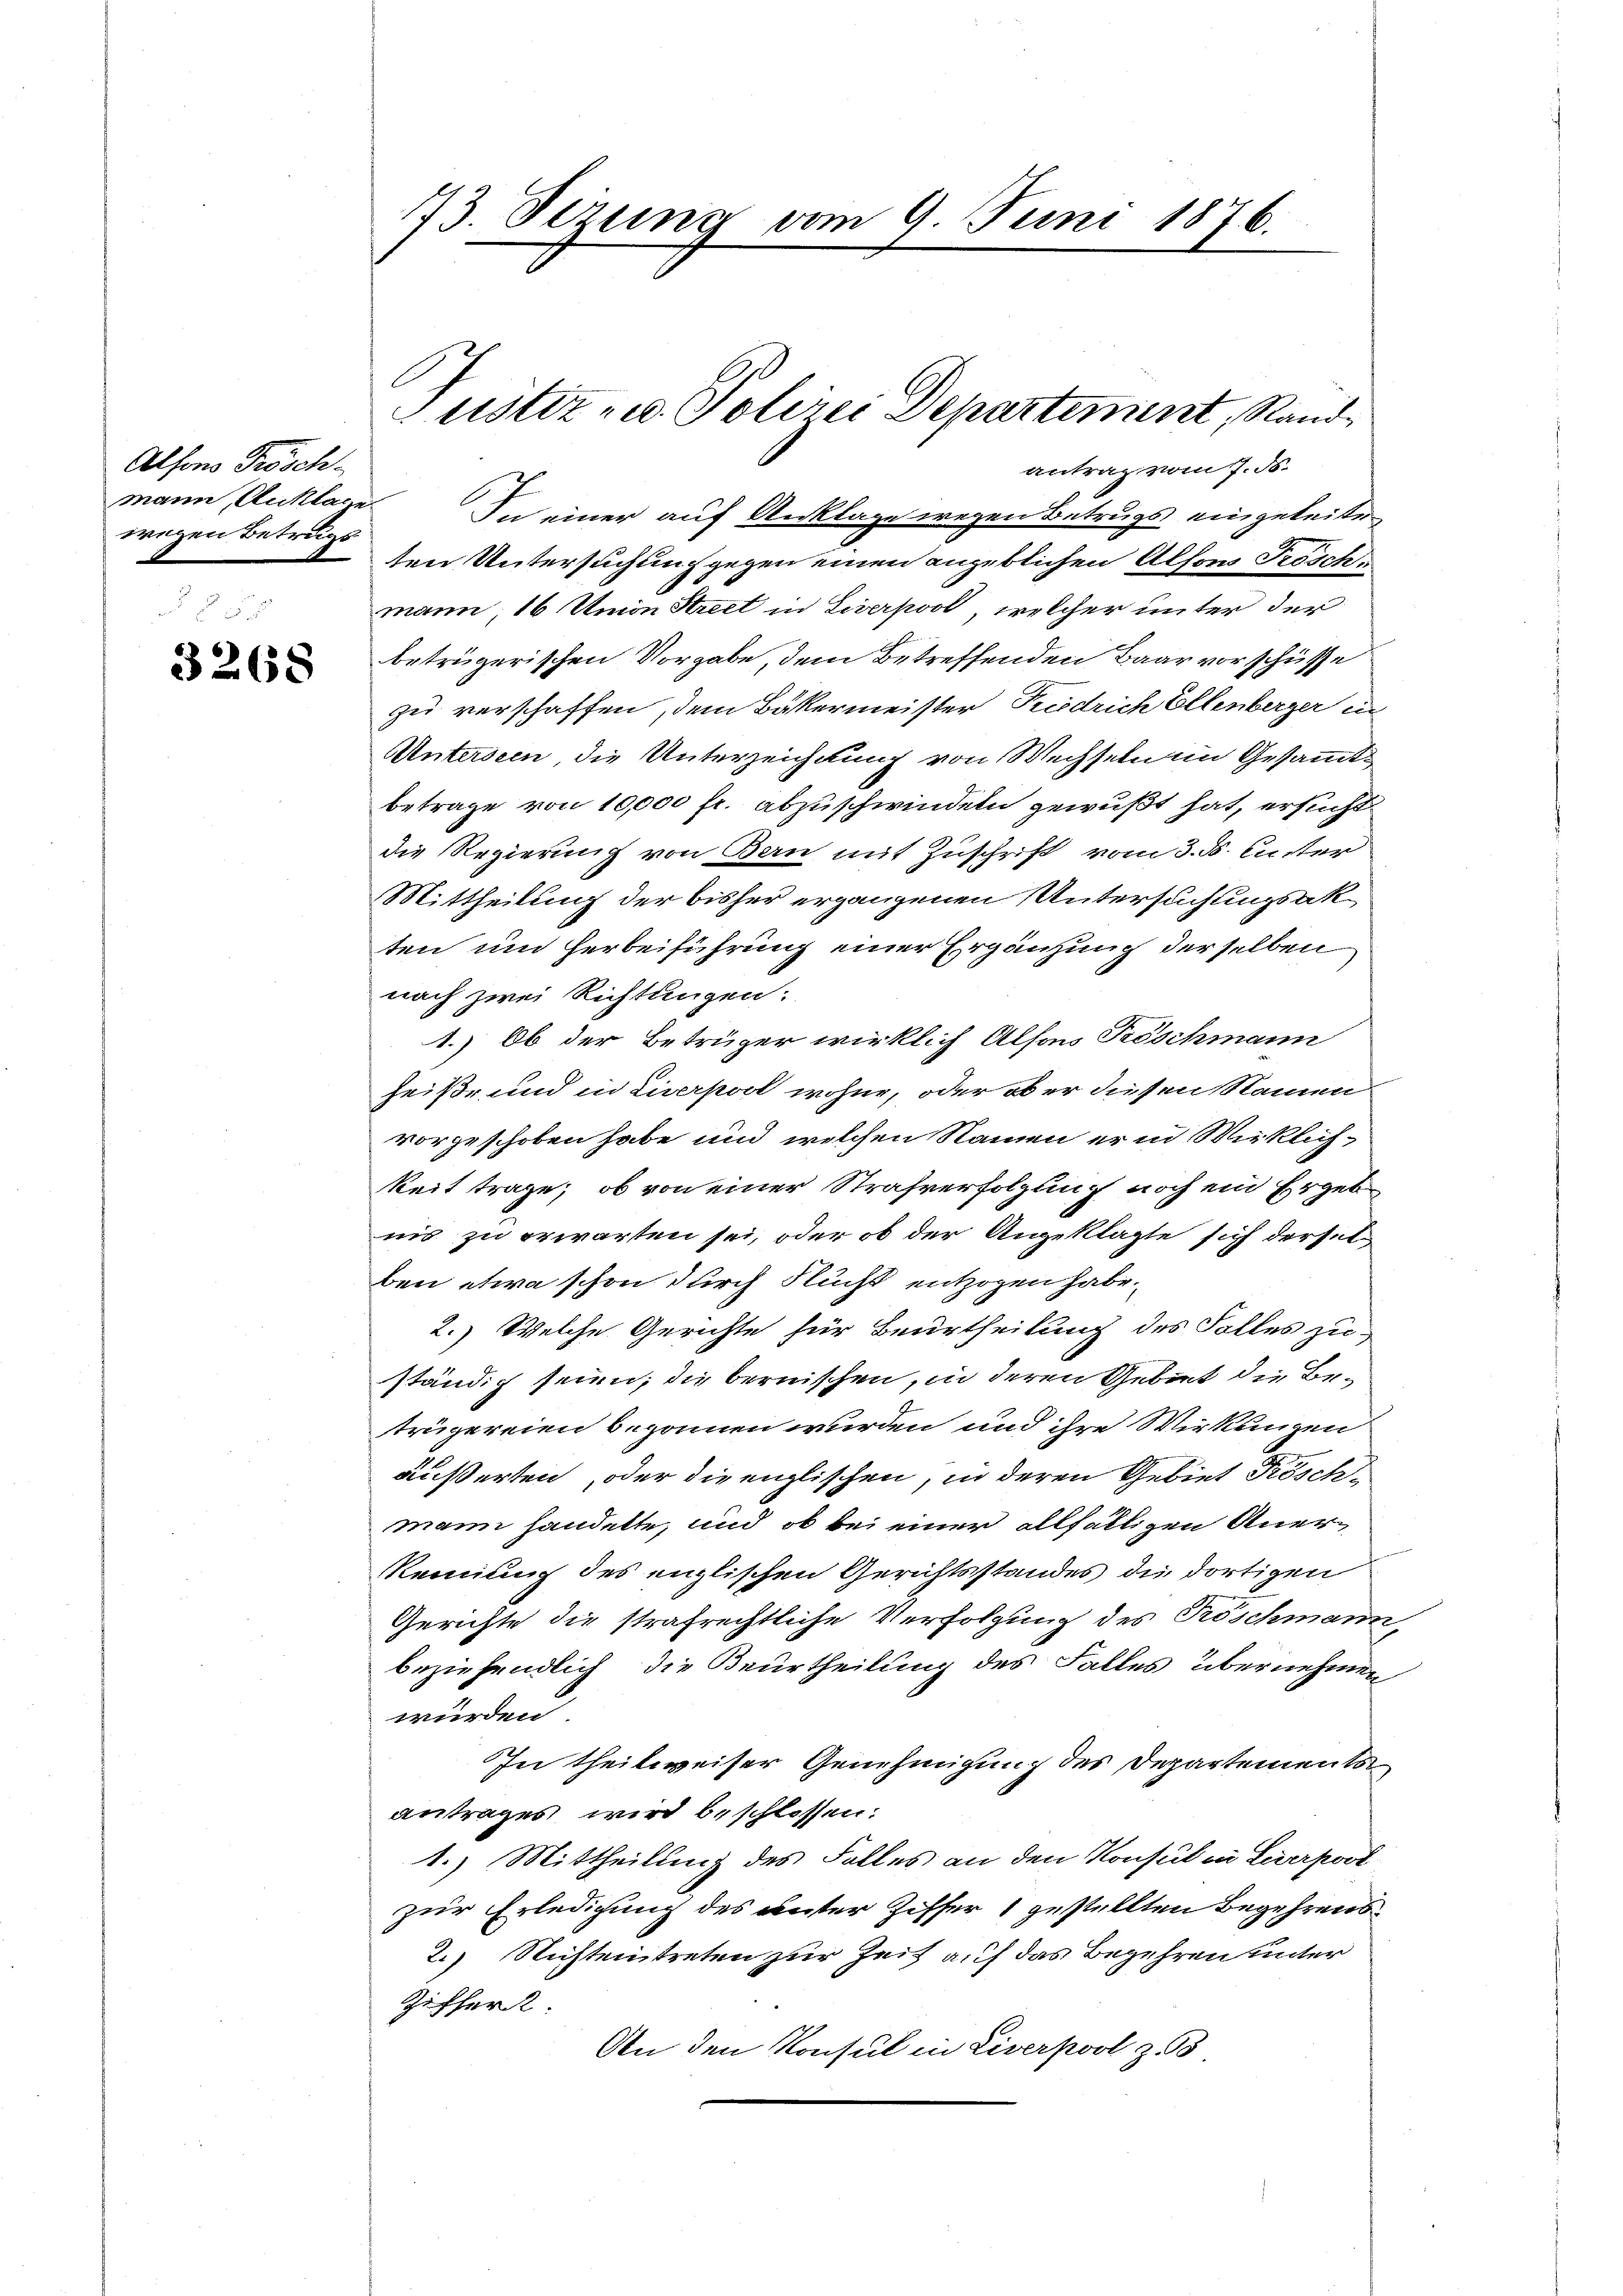
Alfons Frösch-
wegen Betrugs

3268

mann, Anklage. In einer auf Anklage wegen Betrugs eingeleiter
ten Untersuchung gegen einen angeblichen Alfons Fröschmann 16 Union Street in Liverpool, welcher unter der
betrügerischen Vorgabe, dem Betreffenden Baar vorschüsse
zu verschaffen, dem Bäkermeister Friedrich Ellenberger in
Unterseen, die Unterzeichtung von Wechseln im Gesammtbetrage von 10,000 fr. abzuschwindeln gewußt hat, ersucht
die Regierung von Bern mit Zuschrift vom 3. ds. Unter
Mittheilung der bisher ergangenen Untersuchungsakten und Herbeiführung einer Ergänzung derselben
nach zwei Richtungen:
1.) Ob der Betrüger wirklich Also Frischmann
heiße und in Liverpost wohne, oder ober diesen Namen
vorgeschoben habe und welchen Namen er in Wirklich-
keit trage, ob von einer Strafverfolgung noch ein Ergebnis zu erwarten sei, oder ob der Angeklagte sich derselben etwa schon durch Flucht entzogen habe.
2.) Welche Gerichte für Beurtheilung des Folles zuständig seien; die bernischen, in deren Gebiet die Betrügereien begonnen wurden und ihre Wirkungen
äußerten, oder die englischen, in deren Gebiet Köschmann handelte, und ob bei einer allfälligen Aner¬
Rennung des englischen Gerichtsstandes die dortigen
Gerichte die strafrechtliche Verfolgung des Pröschmann,
beziehendlich die Beurtheilung des Falles übernehmen
würden
In theilweiser Genehmigung des Departements
antrages wird beschlossen:
1.) Mittheilung des Falles an den Konsul in Leerprod
zur Erledigung des unter Ziffer 1 gestellten Begehrens¬
2.) Nichtentreten zur Zeit auf das Begehren unter
Ziffer
An den Konsul in Liverpool z.

173. Sezung vom 9. Juni 1876.

Justiz- u. Polizei Departement, Randantrag vom 7. d.